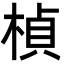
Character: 楨